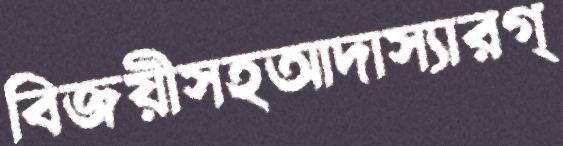
বিজয়ীসহআদাস্যারগ্